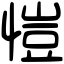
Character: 愷